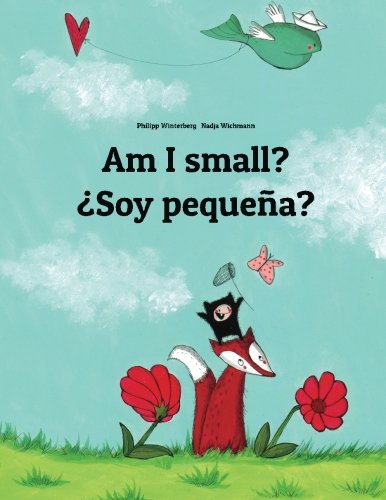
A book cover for Am I small? Â¿Soy pequeÃ±a?: Children's Picture Book English-Spanish (Bilingual Edition) (Spanish Edition); Philipp Winterberg; Children's Books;